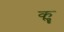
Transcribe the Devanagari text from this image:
कॣ